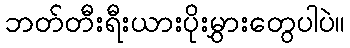
ဘတ်တီးရီးယားပိုးမွှားတွေပါပဲ။